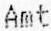
AMT